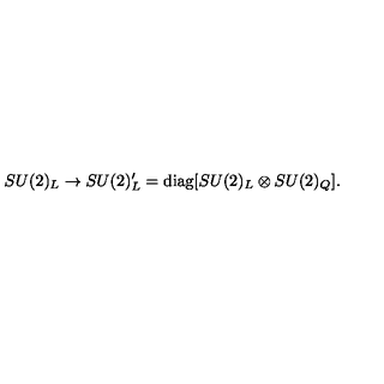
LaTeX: S U ( 2 ) _ { L } \rightarrow S U ( 2 ) _ { L } ^ { \prime } = \mathrm { d i a g } [ S U ( 2 ) _ { L } \otimes S U ( 2 ) _ { Q } ] .